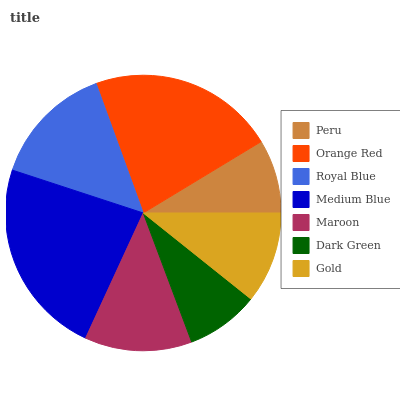
| Peru | Orange Red | Royal Blue | Medium Blue | Maroon | Dark Green | Gold |
 | --- | --- | --- | --- | --- | --- | --- |
 | 8.65% | 21.9% | 14.4% | 23.2% | 12.6% | 8.55% | 10.7% |